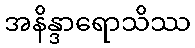
အနိန္ဒာရောသိဿ